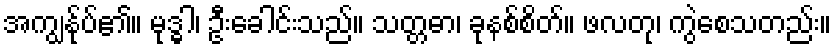
အကျွန်ုပ်၏။ မုဒ္ဓါ၊ ဦးခေါင်းသည်။ သတ္တဓာ၊ ခုနစ်စိတ်။ ဖလတု၊ ကွဲစေသတည်း။